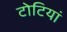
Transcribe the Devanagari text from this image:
टोटियां